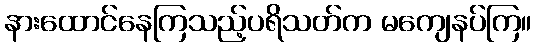
နားထောင်နေကြသည့်ပရိသတ်က မကျေနပ်ကြ။